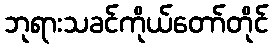
ဘုရားသခင်ကိုယ်တော်တိုင်